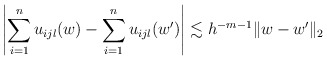
\begin{align*} \left| \sum_{i=1}^n u_{i j l}(w) - \sum_{i=1}^n u_{i j l}(w') \right| &\lesssim h^{-m-1} \|w-w'\|_2 \end{align*}